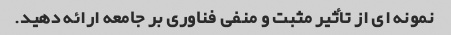
نمونه ای از تأثیر مثبت و منفی فناوری بر جامعه ارائه دهید.